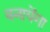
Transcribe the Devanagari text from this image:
बनायेंगा